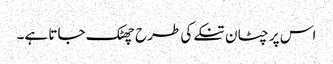
اس پر چٹان تنکے کی طرح چھٹک جاتا ہے۔